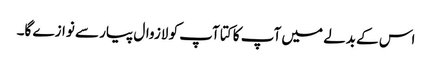
اس کے بدلے میں آپ کا کتا آپ کو لازوال پیار سے نوازے گا۔